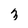
Character: 3